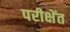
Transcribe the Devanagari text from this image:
परीक्षेंत